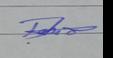
Signature authenticity: genuine